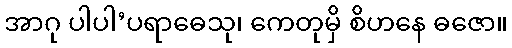
အာဂု ပါပါ’ပရာဓေသု၊ ကေတုမှိ စိဟနေ ဓဇော။